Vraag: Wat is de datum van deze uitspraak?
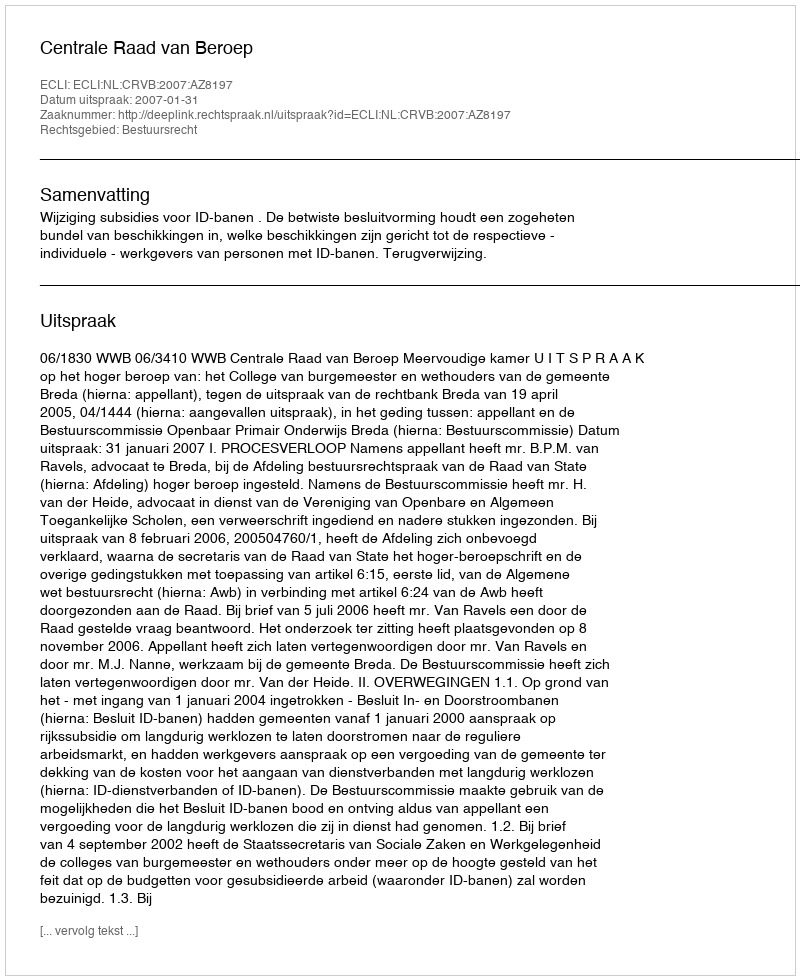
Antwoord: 2007-01-31